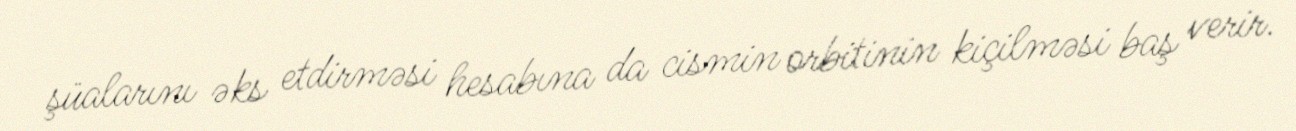
şüalarını əks etdirməsi hesabına da cismin orbitinin kiçilməsi baş verir.